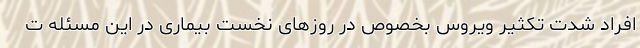
افراد شدت تکثیر ویروس بخصوص در روز‌های نخست بیماری در این مسئله ت